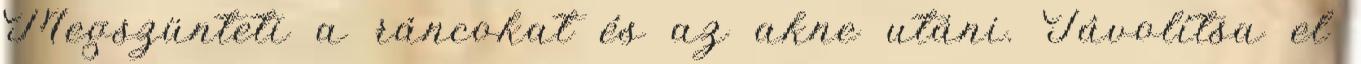
Megszünteti a ráncokat és az akne utáni. Távolítsa el